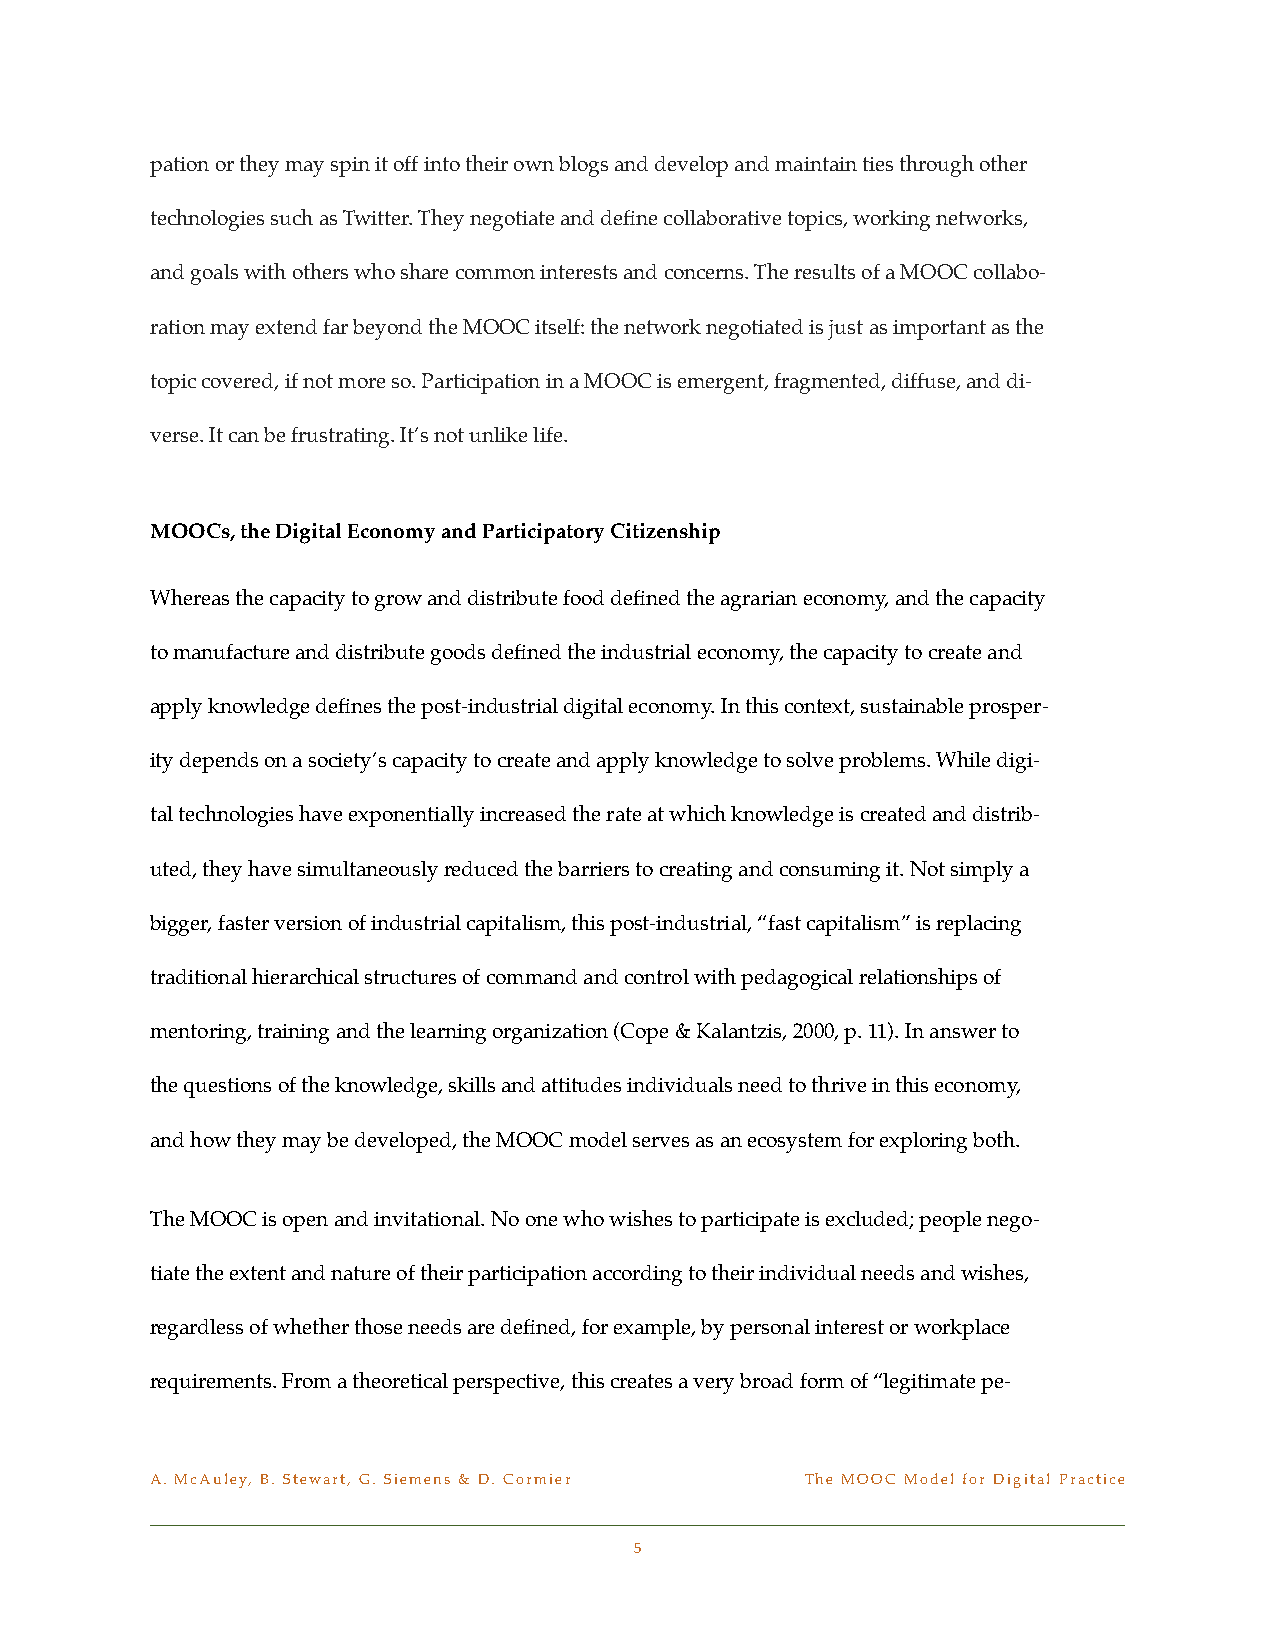
pation or they may spin it off into their own blogs and develop and maintain ties through other
 technologies such as Twitter. They negotiate and define collaborative topics, working networks,
 and goals with others who share common interests and concerns. The results of a MOOC collabo-
 ration may extend far beyond the MOOC itself: the network negotiated is just as important as the
 topic covered, if not more so. Participation in a MOOC is emergent, fragmented, diffuse, and di-
 verse. It can be frustrating. It’s not unlike life.
 MOOCs, the Digital Economy and Participatory Citizenship
 Whereas the capacity to grow and distribute food defined the agrarian economy, and the capacity
 to manufacture and distribute goods defined the industrial economy, the capacity to create and
 apply knowledge defines the post-industrial digital economy. In this context, sustainable prosper-
 ity depends on a society’s capacity to create and apply knowledge to solve problems. While digi-
 tal technologies have exponentially increased the rate at which knowledge is created and distrib-
 uted, they have simultaneously reduced the barriers to creating and consuming it. Not simply a
 bigger, faster version of industrial capitalism, this post-industrial, “fast capitalism” is replacing
 traditional hierarchical structures of command and control with pedagogical relationships of
 mentoring, training and the learning organization (Cope & Kalantzis, 2000, p. 11). In answer to
 the questions of the knowledge, skills and attitudes individuals need to thrive in this economy,
 and how they may be developed, the MOOC model serves as an ecosystem for exploring both.
 The MOOC is open and invitational. No one who wishes to participate is excluded; people nego-
 tiate the extent and nature of their participation according to their individual needs and wishes,
 regardless of whether those needs are defined, for example, by personal interest or workplace
 requirements. From a theoretical perspective, this creates a very broad form of “legitimate pe-
 A. McAuley, B. Stewart, G. Siemens & D. Cormier! The MOOC Model for Digital Practice
 5